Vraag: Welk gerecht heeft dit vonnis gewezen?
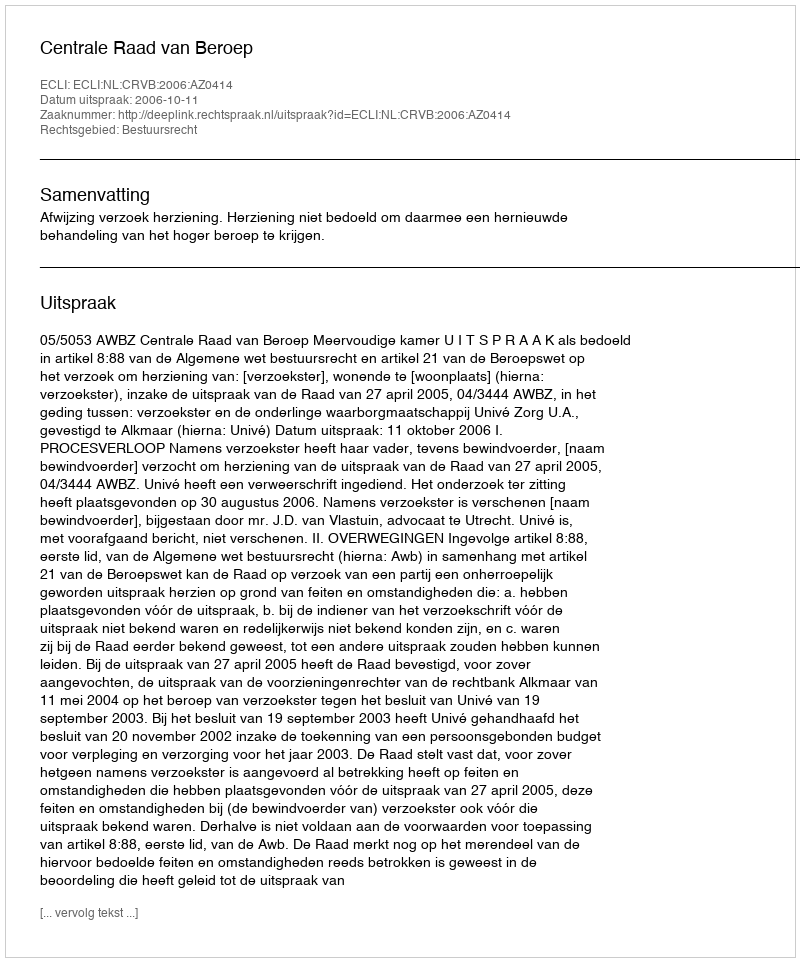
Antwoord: Centrale Raad van Beroep